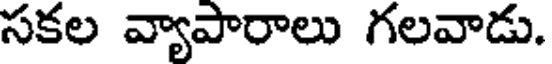
సకల వ్యాపారాలు గలవాడు.